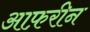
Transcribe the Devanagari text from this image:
आफ़रीन